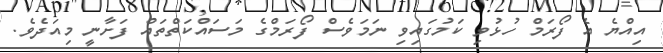
އިއްޔެ އެ ފޯރަމް ހުޅުވި ކަމުގައިވި ނަމަވެސް ފޯރަމްގެ މަސައްކަތްތައް ފަށާނީ މިއަދެވެ.